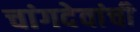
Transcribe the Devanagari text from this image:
चांगदेवांची